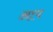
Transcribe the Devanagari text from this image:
अाप